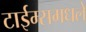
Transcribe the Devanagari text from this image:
टाईम्समधले